Lunatic asylums Bombay report 1891-1903 - 1891-1903
Year: 1891
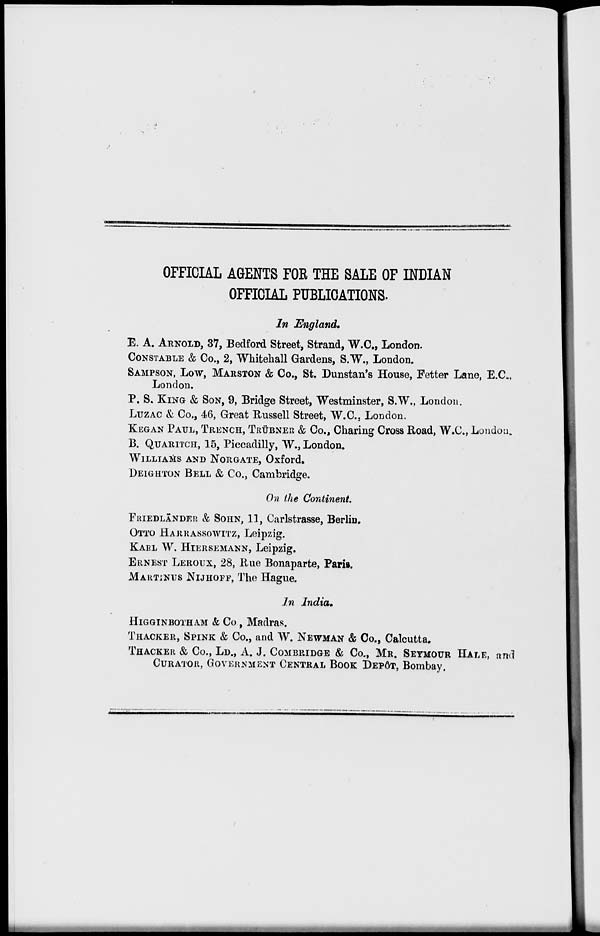
OFFICIAL AGENTS FOR THE SALE OF INDIAN
OFFICIAL PUBLICATIONS.
In England.
E. A. ARNOLD, 37, Bedford Street, Strand, W.C., London.
CONSTABLE & Co., 2, Whitehall Gardens, S.W., London.
SAMPSON, Low, MARSTON & Co., St. Dunstan's House, Fetter Lane, E.C.,
London.
P. S. KING & SON, 9, Bridge Street, Westminster, S.W., London.
LUZAC & Co., 46, Great Russell Street, W.C., London.
KEGAN PAUL, TRENCH, TRÜBNER & Co., Charing Cross Road, W.C., London.
B. QUARITCH, 15, Piccadilly, W., London.
WILLIAMS AND NORGATE, Oxford.
DEIGHTON BELL & Co., Cambridge.
On the Continent
FRIEDLÄNDER & SOHN, 11, Carlstrasse, Berlin.
OTTO HARRASSOWITZ, Leipzig.
KARL W. HIERSEMANN, Leipzig.
ERNEST LEROUX, 28, Rue Bonaparte, Paris.
MARTINUS NIJHOFF, The Hague.
In India.
HIGGINBOTHAM & Co, Madras.
THACKER, SPINK & Co., and W. NEWMAN & Co., Calcutta.
THACKER & Co., LD., A. J. COMBRIDGE & Co., MR. SEYMOUR HALE, and
CURATOR, GOVERNMENT CENTRAL BOOK DEPÔT, Bombay.